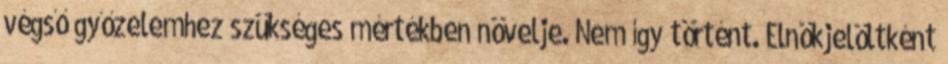
végső győzelemhez szükséges mértékben növelje. Nem így történt. Elnökjelöltként